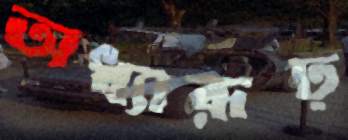
অধ্যারূঢ়